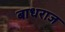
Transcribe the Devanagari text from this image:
बाधराज